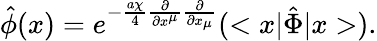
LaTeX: \hat{\phi}(x)=e^{-\frac{a{\chi}}{4}{\frac{\partial}{{\partial}x^{\mu}}}{\frac{\partial}{{\partial}x_{\mu}}}}(<x|{\hat{\Phi}}|x>).